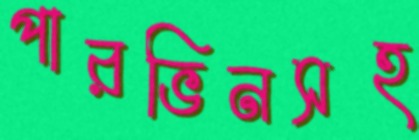
পারভিনসহ